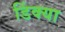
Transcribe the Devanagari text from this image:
डिंक्या